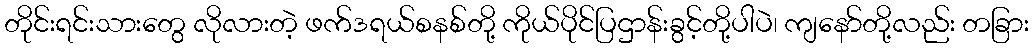
တိုင်းရင်းသားတွေ လိုလားတဲ့ ဖက်ဒရယ်စနစ်တို့ ကိုယ်ပိုင်ပြဌာန်းခွင့်တို့ပါပဲ၊ ကျနော်တို့လည်း တခြား